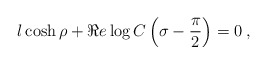
\begin{align*}l\cosh \rho +\Re e\log C\left( \sigma -\displaystyle\frac{\pi }{2}\right) =0\: ,\end{align*}